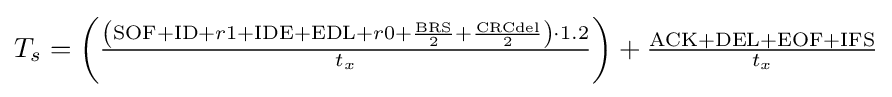
\textstyle T_{s}=\left({\frac {\left({\text{SOF}}+{\text{ID}}+r1+{\text{IDE}}+{\text{EDL}}+r0+{\frac {\text{BRS}}{2}}+{\frac {\text{CRCdel}}{2}}\right)\cdot 1.2}{t_{x}}}\right)+{\frac {{\text{ACK}}+{\text{DEL}}+{\text{EOF}}+{\text{IFS}}}{t_{x}}}